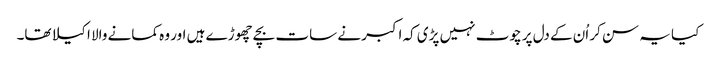
کیا یہ سن کر اُن کے دل پر چوٹ نہیں پڑی کہ اکبر نے سات بچے چھوڑے ہیں اور وہ کمانے والا اکیلا تھا۔